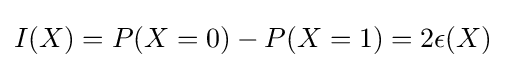
I(X)=P(X=0)-P(X=1)=2\epsilon (X)